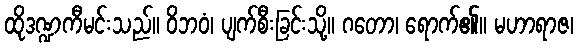
ထိုဒဏ္ဍကီမင်းသည်။ ဝိဘဝံ၊ ပျက်စီးခြင်းသို့။ ဂတော၊ ရောက်၏။ မဟာရာဇ၊